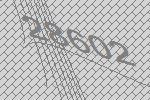
28602